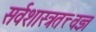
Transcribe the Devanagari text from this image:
सर्वशास्त्रतत्त्वज्ञ